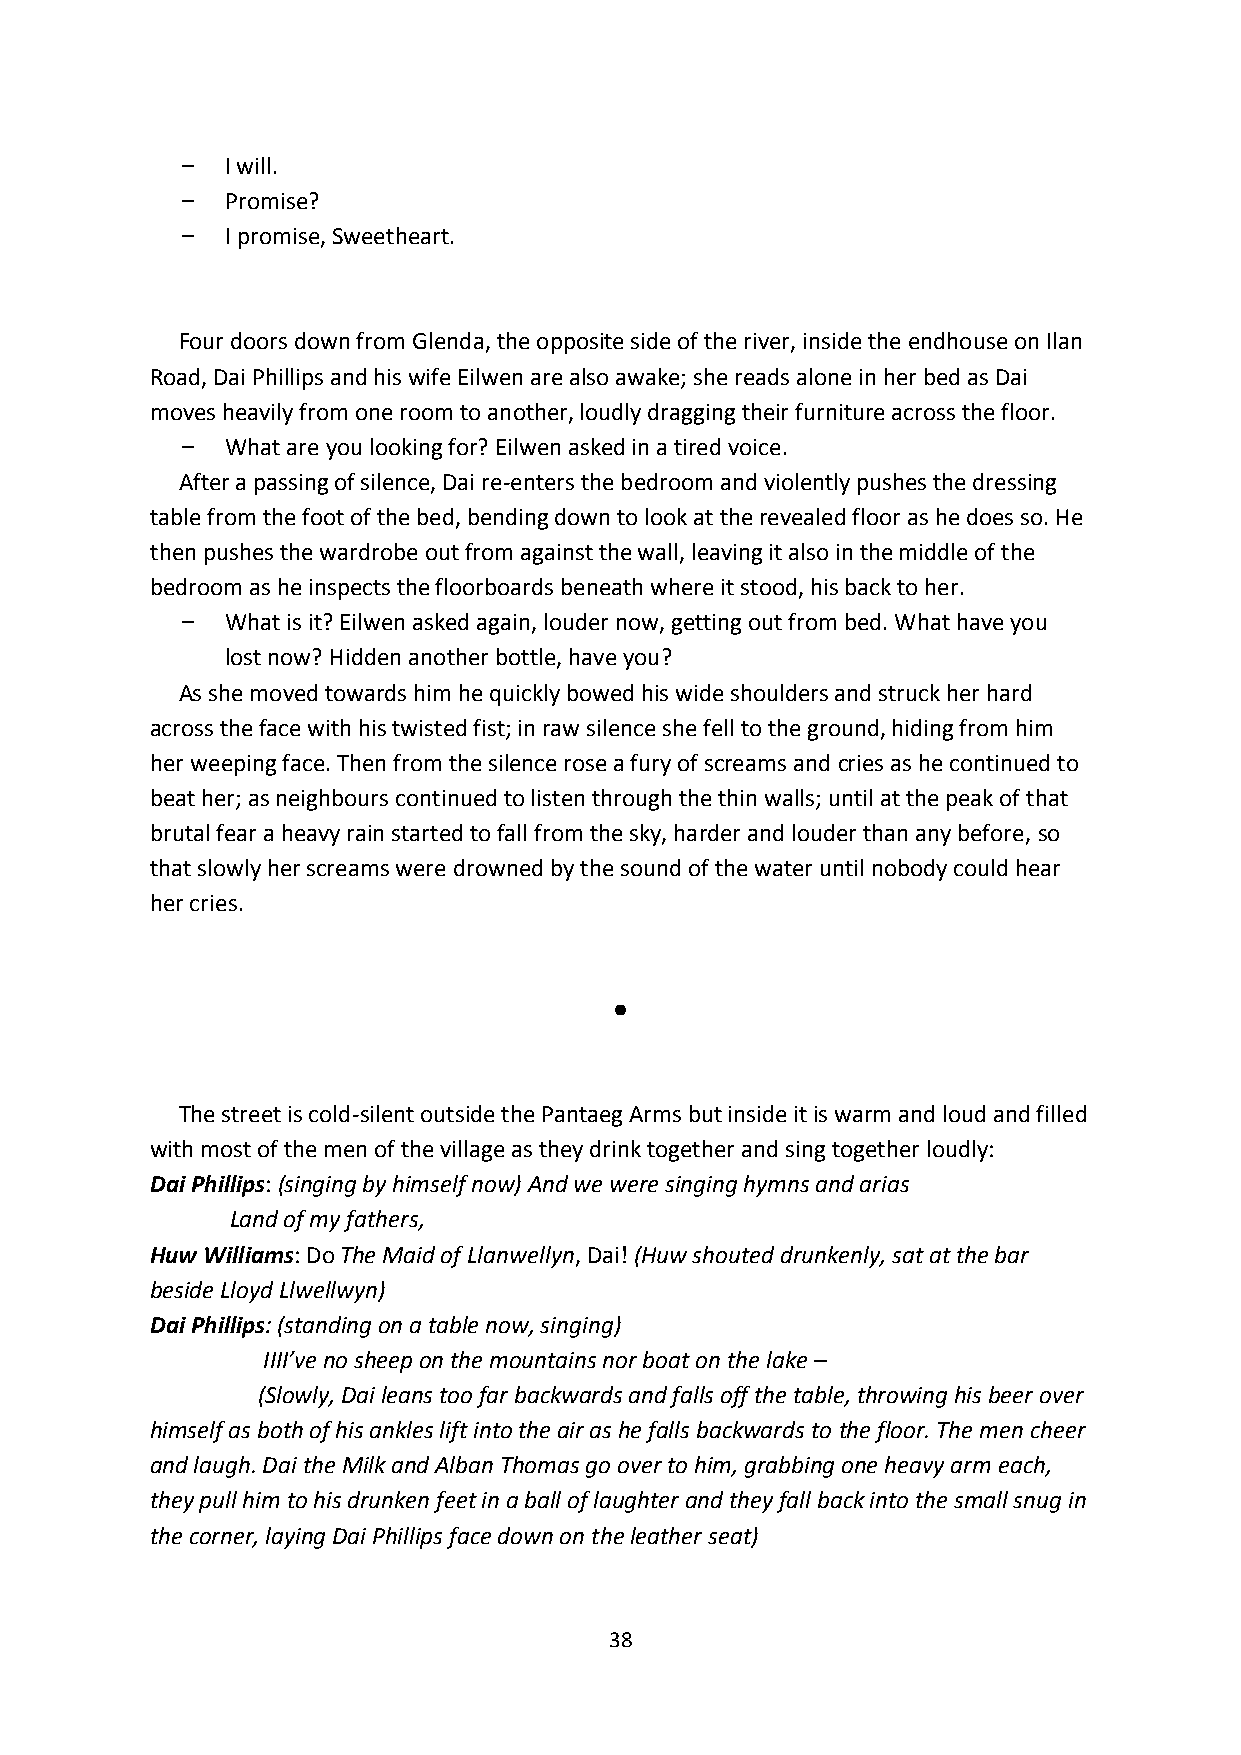
I will.
 Promise?
 I promise, Sweetheart.
 Four doors down from Glenda, the opposite side of the river, inside the endhouse on Ilan
 Road, Dai Phillips and his wife Eilwen are also awake; she reads alone in her bed as Dai
 moves heavily from one room to another, loudly dragging their furniture across the floor.
 What are you looking for? Eilwen asked in a tired voice.
 After a passing of silence, Dai re-enters the bedroom and violently pushes the dressing
 table from the foot of the bed, bending down to look at the revealed floor as he does so. He
 then pushes the wardrobe out from against the wall, leaving it also in the middle of the
 bedroom as he inspects the floorboards beneath where it stood, his back to her.
 What is it? Eilwen asked again, louder now, getting out from bed. What have you
 lost now? Hidden another bottle, have you?
 As she moved towards him he quickly bowed his wide shoulders and struck her hard
 across the face with his twisted fist; in raw silence she fell to the ground, hiding from him
 her weeping face. Then from the silence rose a fury of screams and cries as he continued to
 beat her; as neighbours continued to listen through the thin walls; until at the peak of that
 brutal fear a heavy rain started to fall from the sky, harder and louder than any before, so
 that slowly her screams were drowned by the sound of the water until nobody could hear
 her cries.
 ●
 The street is cold-silent outside the Pantaeg Arms but inside it is warm and loud and filled
 with most of the men of the village as they drink together and sing together loudly:
 Dai Phillips: (singing by himself now) And we were singing hymns and arias
 Land of my fathers,
 Huw Williams: Do The Maid of Llanwellyn, Dai! (Huw shouted drunkenly, sat at the bar
 beside Lloyd Llwellwyn)
 Dai Phillips: (standing on a table now, singing)
 IIII’ve no sheep on the mountains nor boat on the lake –
 (Slowly, Dai leans too far backwards and falls off the table, throwing his beer over
 himself as both of his ankles lift into the air as he falls backwards to the floor. The men cheer
 and laugh. Dai the Milk and Alban Thomas go over to him, grabbing one heavy arm each,
 they pull him to his drunken feet in a ball of laughter and they fall back into the small snug in
 the corner, laying Dai Phillips face down on the leather seat)
 38